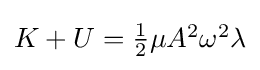
{\textstyle K+U={\frac {1}{2}}\mu A^{2}\omega ^{2}\lambda }